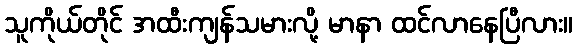
သူကိုယ်တိုင် အထီးကျန်သမားလို့ မာနာ ထင်လာနေပြီလား။